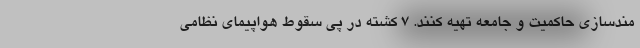
مندسازی حاکمیت و جامعه تهیه کنند. 7 کشته در پی سقوط هواپیمای نظامی